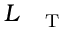
L _ { \mathrm { ~ \tiny ~ \textnormal ~ { ~ T ~ } ~ } }